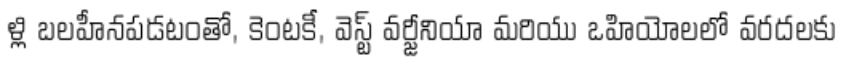
ళ్లి బలహీనపడటంతో, కెంటకీ, వెస్ట్ వర్జీనియా మరియు ఒహియోలలో వరదలకు